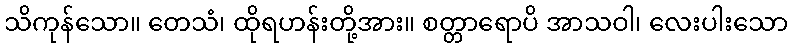
သိကုန်သော။ တေသံ၊ ထိုရဟန်းတို့အား။ စတ္တာရောပိ အာသဝါ၊ လေးပါးသော